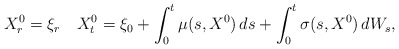
\begin{align*}X_{r}^0=\xi_r\quad{X}_t^0= \xi_0+ \int_{0}^{t}\mu(s,X^0)\,ds+ \int_{0}^{t}\sigma(s,X^0)\,dW_s,\end{align*}